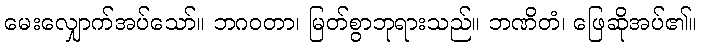
မေးလျှောက်အပ်သော်။ ဘဂဝတာ၊ မြတ်စွာဘုရားသည်။ ဘဏိတံ၊ ဖြေဆိုအပ်၏။